Annual statistical returns and brief notes on vaccination in Bengal - 1896-1909
Year: 1896
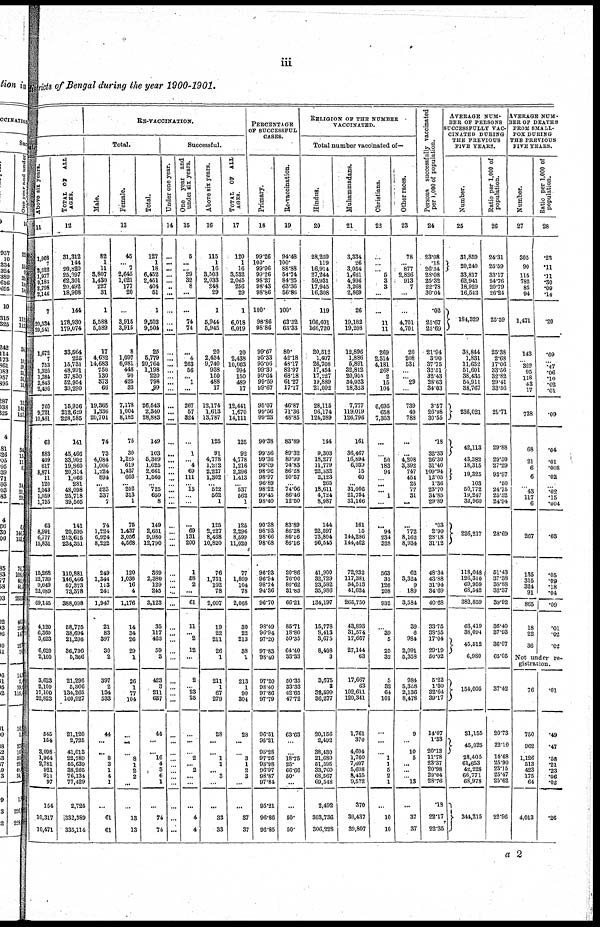
iii
Districts of Bengal during the year 1900-1901.
ful
Above six years.
11
1,903
7
2,522
1,977
9,183
2,798
2,146
7
20,534
20,541
1,672
7
753
1,326
1,384
2,843
2,496
760
9,721
10,481
63
883
409
617
8,871
11
120
2,043
1,059
1,755
63
8,991
6,777
15,831
15,268
22,739
9,049
22,089
69,145
4,120
6,360
3,623
6,620 2,100
3,623
2,100
17,100
22,823
545
154
3,098
1,964
2,781
921
911
97
154
10,317
10,471
T OTAL OF ALL
AGES.
12
31,312
144
20,820
25,097
62,301
20,492
18,908
144
178,930
179,074
33,664
225
15,731
48,991
37,830
52,954
39,290
15,956
212,629
228,585
141
45,466
33,902
19,860
20,314
1,066
281
48,098
26,718
39,505
141
20,595
213,615
234,351
110,881
146,466
57,373
73,378
388,098
58,776
38,694
21,296
36,796
5,366
21,296
5,366
134,265
160,927
21,120
2,725
41,013
22,789
55,639
38,265
76,134
77,429
2,726
332,889
335,114
RE-VACCINATION.
Total.
Male.
Female.
Total.
13
82
1
11
3,807
1,430
22
31
1
5,588
5,589
17
4,632
14,683
750
130
373
66
19,365
1,336
20,701
74
73
4,084
1,006
1,224
894
... 523
337
7
74
1,224
6,924
8,222
249
1,344
113
241
1,947
21
83
397
30
2
397
2
134
533
44
...
... 8
3
1
4
1
...
61
61
45
... 7
2,645
1,021
31
20
...
3,915
3,915
8
1,097
6,081
448
90
425
33
7,178
1,004
8,182
76
30
1,225
619
1,437
666
... 202
313
1
75
1,437
3,056 4,568
120
1,036
16
4
1,176
14
34
26
29
1
26
1
77
104
...
...
... 8
1
2
2
...
...
13
13
127
1
18
6,452
2,451
404
51
1
9,603
9,504
25
5,779
20,764
1,198
220
798
99
26,543
2,340
28,883
149
103
5,309
1,625
2,661
1,560
... 725
650
8
149
2,661
9,980
12,790
369
2,380
129
245
3,123
35
117
423
59
3
423
3
211
637
44
...
... 16
4
3
6
1
...
74
74
Successful.
Under one year.
14
...
...
...
...
...
..
...
...
...
...
...
...
...
...
...
...
...
...
...
...
...
...
...
...
...
...
...
...
...
...
...
...
... ...
...
...
...
...
...
...
...
...
...
...
...
...
...
...
...
...
...
...
...
...
...
...
...
...
...
One year and
under six years.
15
5
...
... 29
32
8
...
...
74
74
... ...
263
56
... 1
...
267
57
324
...
1
... 4
69
111
... 15
...
...
...
69
131
200
1
58
2
...
61
11
... 2
12
...
2
... 23
25
...
...
... 2
... 2
...
...
...
4
4
Above six years.
16
115
1
16
3,503
2,033
248
29
1
5,944
5,945
20
2,434
9,740
938
150
488
17
12,174
1,613
13,787
125
91
4,778
1,212
2,227
1,302
... 522
562
1
125
2,227
8,468
10,820
76
1,751
102
78
2,007
19
22
211
26
1
211
1
67
279
28
...
... 1
1
... 3
...
...
33
33
TOTAL OF ALL
AGES.
17
120
1
16
3,532
2,065
256
29
1
6,018
6,019
20
2,438
10,003
994
150
489
17
12,441
1,670
14,111
125
92
4,778
1,216
2,296
1,413
... 537
562
1
125
2,296
8,599
11,020
77
1,809
104
78
2,068
30
22
213
38
1
213
1
90
304
28
...
... 3
1
2
3
...
...
37
37
PERCENTAGE
OF SUCCESSFUL
CASES.
Primary.
18
99.26
100.
99.96
99.26
98.27
98.43
98.86
100.
98.86
98.86
99.67
95.33
95.06
99.30
99.64
99.59
99.67
95.07
99.56
99.23
90.38
99.56
99.36
96.09
98.96
98.97
96.89
98.22
99.45
98.40
90.38
98.93
98.66
98.68
96.93
96.94
98.74
94.36
96.70
98.49
96.94
97.20
97.83
98.40
97.20
98.40
97.86
97.79
96.51
95.21
95.28
97.26
93.98
96.97
98.87
97.84
95.21
96.86
96.85
Re-vaccination.
19
94.48
100.
88.88
54.74
84.25
63.36
56.86
100.
63.32
63.33
80.
42.18
48.17
82.97
68.18
61.27
17.17
46.87
71.36
48.85
83.89
89.32
89.99
74.83
86.28
90.57
... 74.06
86.46
12.50
83.89
86.28
86.16
86.16
20.86
70.00
80.62
31.83
66.21
85.71
18.80
50.35
64.40
33.33
50.35
33.33
42.65
47.72
63.63
...
...
18.75
25.
66.66
50.
...
...
50.
50.
RELIGION OF THE NUMBER
VACCINATED.
Total number vaccinated of—
Hindus.
20
28,259
119
16,914
27,244
59,931
17,945
16,308
119
166,601
166,720
20,512
1,407
26,708
17,454
17,227
19,889
21,092
28,115
96,174
124,289
144
9,303
18,277
11,779
22,332
2,123
265
18,611
4,724
8,987
144
22,597
73,804
96,545
41,900
32,729
23,582
35,986
134,197
15,778
8,413
3,675
8,408
3
3,675
3
32,699
36,277
20,156
2,492
38,430
21,680
51,595
33,760
68,567
69,548
2,492
303,736
306,228
Muhammadans.
21
3,334
26
3,054
1,661
4,996
3,268
2,869
26
19,182
19,208
12,896
1,886
5,891
32,812
20,955
34,033
18,323
7,777
119,019
126,796
161
36,467
16,894
6,939
15
60
... 31,006
21,764
31,166
161
15
144,286
144,462
72,232
117,381
34,513
41,624
265,750
43,893
31,574
17,667
27,144
63
17,667
63
102,611
120,341
1,761
370
4,604
1,760
7,607
5,698
8,435
9,572
370
39,437
39,807
Christians.
22
...
...
... 5
3
3
...
...
11
11
269
2,514
4,181
268
2
15
104
6,695
658
7,353
...
...
50
183
94
...
...
... 1
...
94
234
328
563
35
126
208
932
...
39
5
25
32
5
32
64
101
...
...
...
1
1
5
2
1
...
10
10
Other races.
23
78
...
877
2,826
913
7
...
...
4,701
4,701
20
208
531
...
... 29
...
739
49
788
...
...
4,208
3,392
747
454
25
77
31
...
772
8,162
8,934
62
3,324
9
189
3,584
39
6
984
2,091
5,358
984
5,368
2,136
8,478
9
...
10
5
...
...
... 13
...
37
37
Persons successfully vaccinated
per 1,000 of population.
24
23.98
.18
26.34
28.08
25.32
22.78
30.04
.02
25.67
25.69
21.94
3.90
37.75
32.51
32.43
28.63
34.03
3.57
26.08
30.55
.18
32.33
26.30
31.40
109.94
12.05
1.36 23.70
34.85
29.89
.03
2.90
28.18
31.12
48.34
43.88
31.94
34.69
40.68
33.75
38.55
17.04
29.19
50.02
5.22
1.30
32.64
39.17
14.07
1.33
20.13
11.78
23.37
20.98
29.04
28.76
.18
22.17
22.35
AVERAGE NUM-
BER OF PERSONS
SUCCESSFULLY VAC-
CINATED DURING
THE PREVIOUS
FIVE YEARS.
Number.
25
31,859
20,240
33,817
62,941
18,929
16,543
184,329
33,844
1,831
11,632
51,601
38,435
54,911
38,767
236,021
42,113
43,382
18,315
19,325
103 50,772
19,247
32,960
226,217
118,048
126,310
69,959
68,542
382,859
63,419
38,094
45,512
6,980
154,005
31,155
45,025
28,405
61,653
42,228
66,771
68,978
344,215
Ratio per 1,000 of
population.
26
24.31
25.59
33.17
24.76
20.79
26.24
25.59
25.38
2.68
17.06
33.56
32.82
29.41
33.56
29.71
29.88
29.50
27.29
93.97
.50 24.75
25.52
24.94
28.69
51.43
37.38
38.88
32.37
39.92
36.40
37.93
36.07
65.05
37.42
20.73
22.10
14.68
25.90
23.15
25.47
25.62
22.96
AVERAGE NUM-
--- OF DEATHS
FROM SMALL-
POX DURING
THE PREVIOUS
FIVE YEARS.
Number.
27
305
90
115
782
85
94
1,471
143
...
322
95
118 43
17
738
68
21 6
6
6
...
43 117
6
267
135
315
324
91
865
18
22
36
Ratio per 1,000 of
population.
28
.23
.11
.11
.30
.09
.14
.20
.09
...
.47 .06
.10
.02
.01
.09
.04
.01 .008
.008
.02
...
.02 .15
.004
.03
.05
.09
.18
.04
.09
.01
.02
.02
Not under re-
gistration.
76
750
962
1,126
513 423
175
64
4,013
.01
.49
.47
.58
.21
.23
.06
.02
.26
a 2